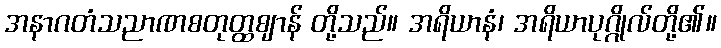
အနာဂတံသညာဏစတုတ္ထဈာန် တို့သည်။ အရိယာနံ၊ အရိယာပုဂ္ဂိုလ်တို့၏။